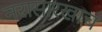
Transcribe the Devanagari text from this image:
नरासारखाच